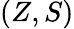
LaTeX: (Z,S)